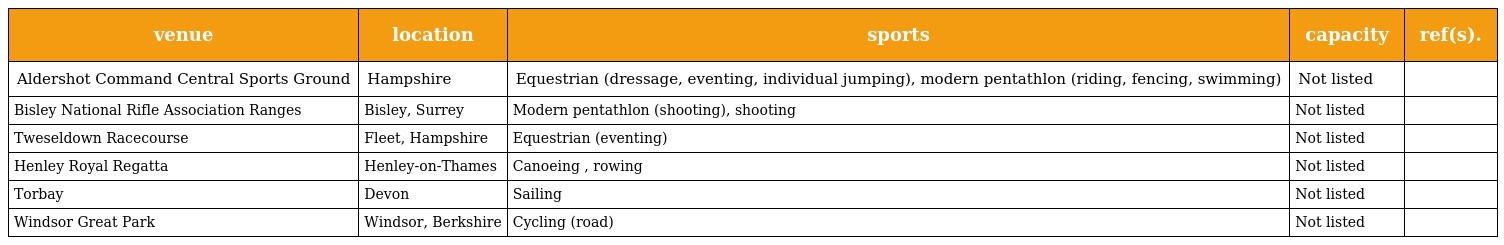
| venue | location | sports | capacity | ref(s). |
 | --- | --- | --- | --- | --- |
 | Aldershot Command Central Sports Ground | Hampshire | Equestrian (dressage, eventing, individual jumping), modern pentathlon (riding, fencing, swimming) | Not listed |  |
 | Bisley National Rifle Association Ranges | Bisley, Surrey | Modern pentathlon (shooting), shooting | Not listed |  |
 | Tweseldown Racecourse | Fleet, Hampshire | Equestrian (eventing) | Not listed |  |
 | Henley Royal Regatta | Henley-on-Thames | Canoeing , rowing | Not listed |  |
 | Torbay | Devon | Sailing | Not listed |  |
 | Windsor Great Park | Windsor, Berkshire | Cycling (road) | Not listed |  |